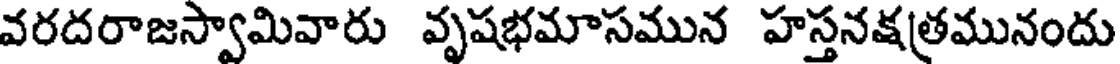
వరదరాజస్వామివారు వృషభమాసమున హస్తనక్షత్రమునందు